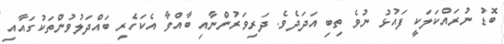
ބޮޑު ނުރައްކަލަކީ ފައުޅު ނުވެ ތިބި އަދަދެވެ. ދަރިވަރުންނާއި ބާއްވާ އެކަހެރި ބައްދަލުވުންތަކުގައާއި